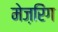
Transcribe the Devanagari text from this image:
मेज़रिंग